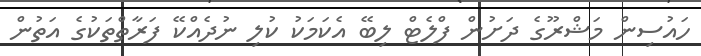
ހައުސިން މަޝްރޫގެ ދަށުން ފްލެޓް ލިބޭ އެކަމަކު ކުލި ނުދެއްކޭ ފަރާތްތަކުގެ އަތުން